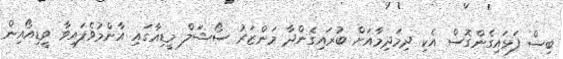
ބިސް ފަޅައިގެންގޮސް އެކި ދިމަދިމާއަށް ބުރައިގެންދާ މަންޒަރު ސޯޝަލް މީޑިއާގައި އާންމުވެފައިވާ ވީޑިއޯއިން